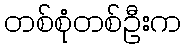
တစ်စုံတစ်ဦးက